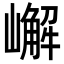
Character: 嶰